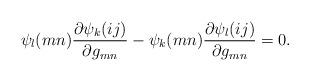
LaTeX: \begin{align*}\psi_l(mn)\frac{\partial \psi_k(ij)}{\partial g_{mn}}-\psi_k(mn)\frac{\partial \psi_l(ij)}{\partial g_{mn}}=0.\end{align*}